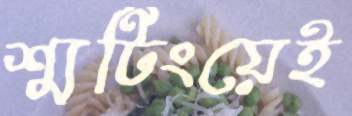
শ্যুটিংয়েই